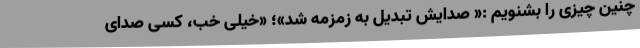
چنین چیزی را بشنویم :« صدایش تبدیل به زمزمه شد»؛ «خیلی خب، کسی صدای